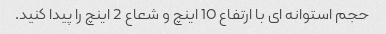
حجم استوانه ای با ارتفاع 10 اینچ و شعاع 2 اینچ را پیدا کنید.